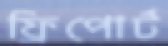
ফ্রিপোর্ট